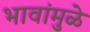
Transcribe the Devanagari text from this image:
भावांमुळे